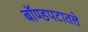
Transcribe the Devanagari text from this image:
बॉण्डपटातले